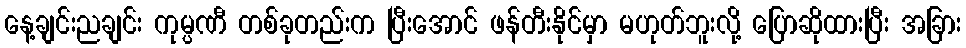
နေ့ချင်းညချင်း ကုမ္ပဏီ တစ်ခုတည်းက ပြီးအောင် ဖန်တီးနိုင်မှာ မဟုတ်ဘူးလို့ ပြောဆိုထားပြီး အခြား